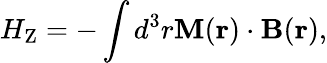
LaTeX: H_{\mathrm{Z}}=-\int d^{3}r\mathbf{M}(\mathbf{r})\cdot\mathbf{B}(\mathbf{r}),